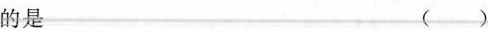
的是 ( )